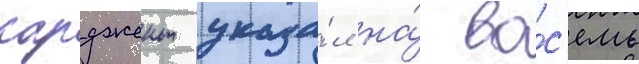
сарджент указа́л на́ во́с'емь